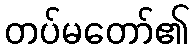
တပ်မတော်၏